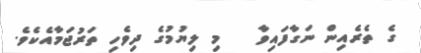
ގެ ތެރެއިން ނަގާފައިވާ   މި ލިޔުމުގެ ދިވެހި ތަރުޖަމާއެކެވެ.